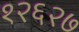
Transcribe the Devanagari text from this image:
१२६२७